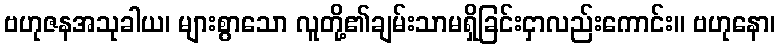
ဗဟုဇနအသုခါယ၊ များစွာသော လူတို့၏ချမ်းသာမရှိခြင်းငှာလည်းကောင်း။ ဗဟုနော၊